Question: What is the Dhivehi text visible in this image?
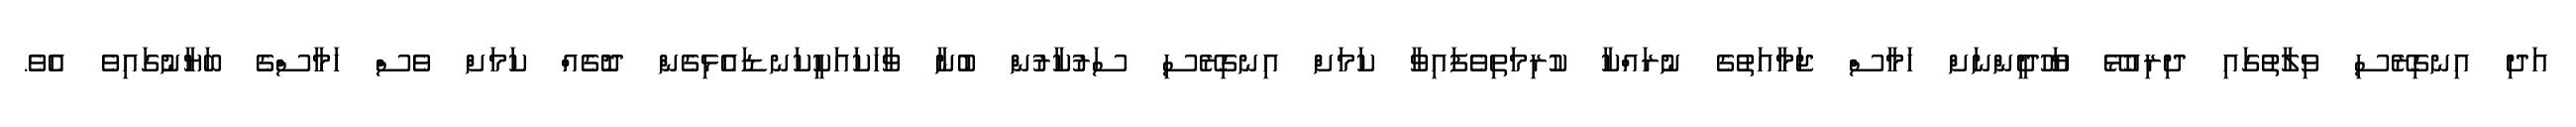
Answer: އަދި އިނގިރޭސި ވިލާތުގައި ދިރިއުޅޭ ޔަހޫދީންނަށް ހަމާސް ޖަމާއަތުގެ ނުރައްކާ ކުރިމަތިވެފައިވާ ކަމަށް އިނގިރޭސި ސަރުކާރުން ބުނާ ވާހަކައަކީކަނޑައެޅިގެން ދޮގެއް ކަމަށް ވެސް ހަމާސްގެ ބަޔާނުގައިވެ އެވެ.